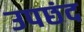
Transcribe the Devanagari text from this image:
उपछंद